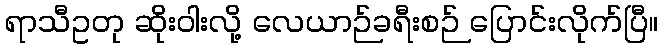
ရာသီဥတု ဆိုးဝါးလို့ လေယာဉ်ခရီးစဉ် ပြောင်းလိုက်ပြီ။